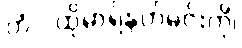
တံ - ထိုမာရ်နတ်မင်းကို၊